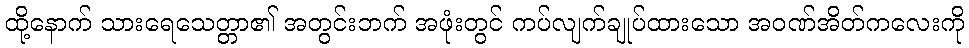
ထို့နောက် သားရေသေတ္တာ၏ အတွင်းဘက် အဖုံးတွင် ကပ်လျက်ချုပ်ထားသော အဝဏ်အိတ်ကလေးကို